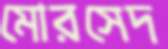
মোরসেদ